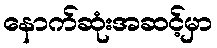
နောက်ဆုံးအဆင့်မှာ